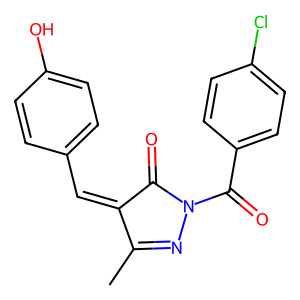
SMILES: CC1=NN(C(=O)c2ccc(Cl)cc2)C(=O)C1=Cc1ccc(O)cc1
Inhibits HIV replication: No